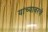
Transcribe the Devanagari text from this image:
यांच्यावरचे